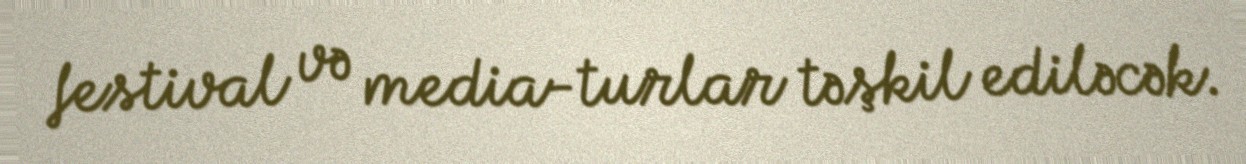
festival və media-turlar təşkil ediləcək.